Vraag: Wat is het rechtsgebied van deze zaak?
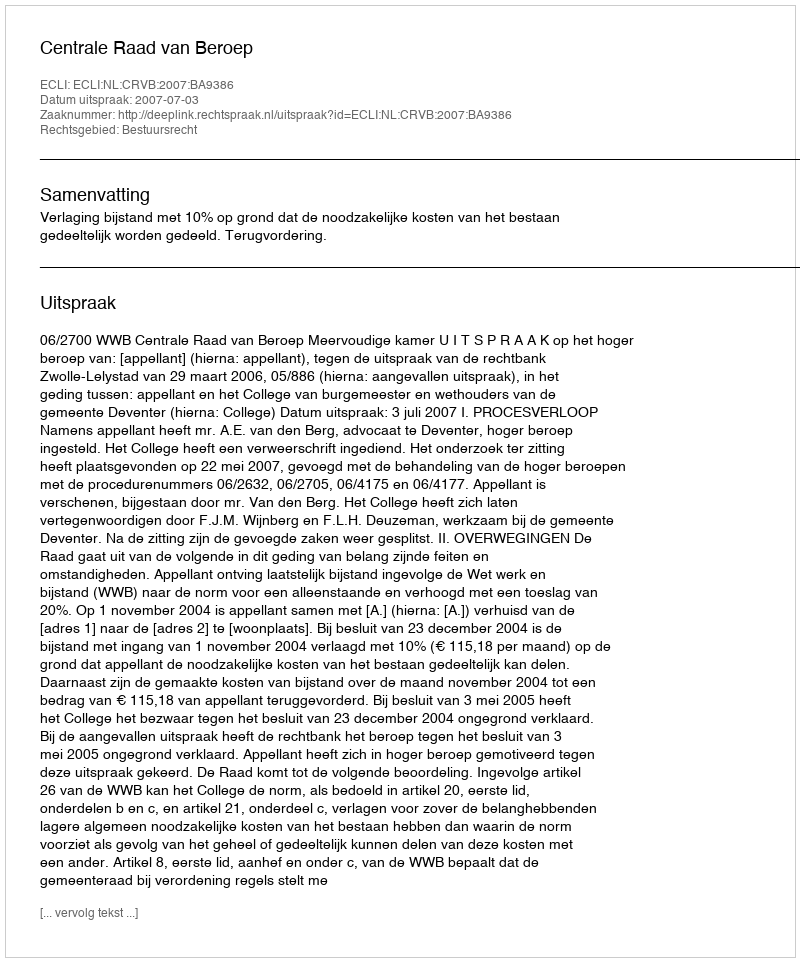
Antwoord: Bestuursrecht